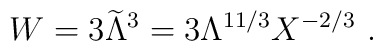
W=3{\widetilde \Lambda}^3=3\Lambda^{11/3} X^{-2/3}~.